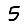
Digit: 5